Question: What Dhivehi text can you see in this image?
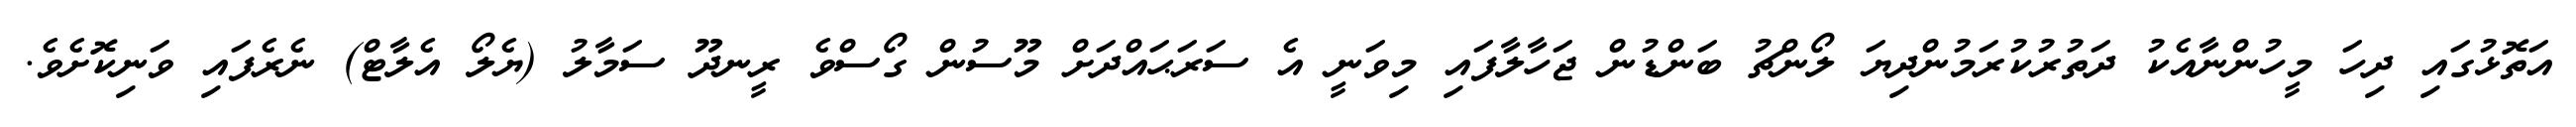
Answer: އަތޮޅުގައި ދިހަ މީހުންނާއެކު ދަތުރުކުރަމުންދިޔަ ލޯންޗު ބަންޑުން ޖަހާލާފައި މިވަނީ އެ ސަރަޙައްދަށް މޫސުން ގޯސްވެ ރީނދޫ ސަމާލު (ޔެލޯ އެލާޓް) ނެރެފައި ވަނިކޮށެވެ.